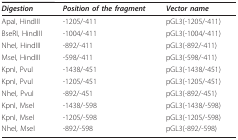
<table><thead><tr><td><b><i>Digestion</i></b></td><td><b><i>Position of the fragment</i></b></td><td><b><i>Vector name</i></b></td></tr></thead><tbody><tr><td>ApaI, HindIII</td><td>-1205/-411</td><td>pGL3(-1205/-411)</td></tr><tr><td>BseRI, HindIII</td><td>-1004/-411</td><td>pGL3(-1004/-411)</td></tr><tr><td>NheI, HindIII</td><td>-892/-411</td><td>pGL3(-892/-411)</td></tr><tr><td>MseI, HindIII</td><td>-598/-411</td><td>pGL3(-598/-411)</td></tr><tr><td>KpnI, PvuI</td><td>-1438/-451</td><td>pGL3(-1438/-451)</td></tr><tr><td>KpnI, PvuI</td><td>-1205/-451</td><td>pGL3(-1205/-451)</td></tr><tr><td>NheI, PvuI</td><td>-892/-451</td><td>pGL3(-892/-451)</td></tr><tr><td>KpnI, MseI</td><td>-1438/-598</td><td>pGL3(-1438/-598)</td></tr><tr><td>KpnI, MseI</td><td>-1205/-598</td><td>pGL3(-1205/-598)</td></tr><tr><td>NheI, MseI</td><td>-892/-598</td><td>pGL3(-892/-598)</td></tr></tbody></table>